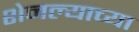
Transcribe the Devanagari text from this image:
शेनल्याच्या